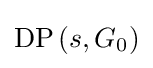
\mathrm {DP} \left(s,G_{0}\right)